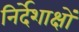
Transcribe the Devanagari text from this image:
निर्देशाक्षों